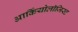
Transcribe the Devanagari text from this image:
आर्कियोलाॅजिस्ट